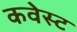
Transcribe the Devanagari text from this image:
कवेस्ट